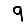
Digit: 9